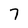
Character: 7